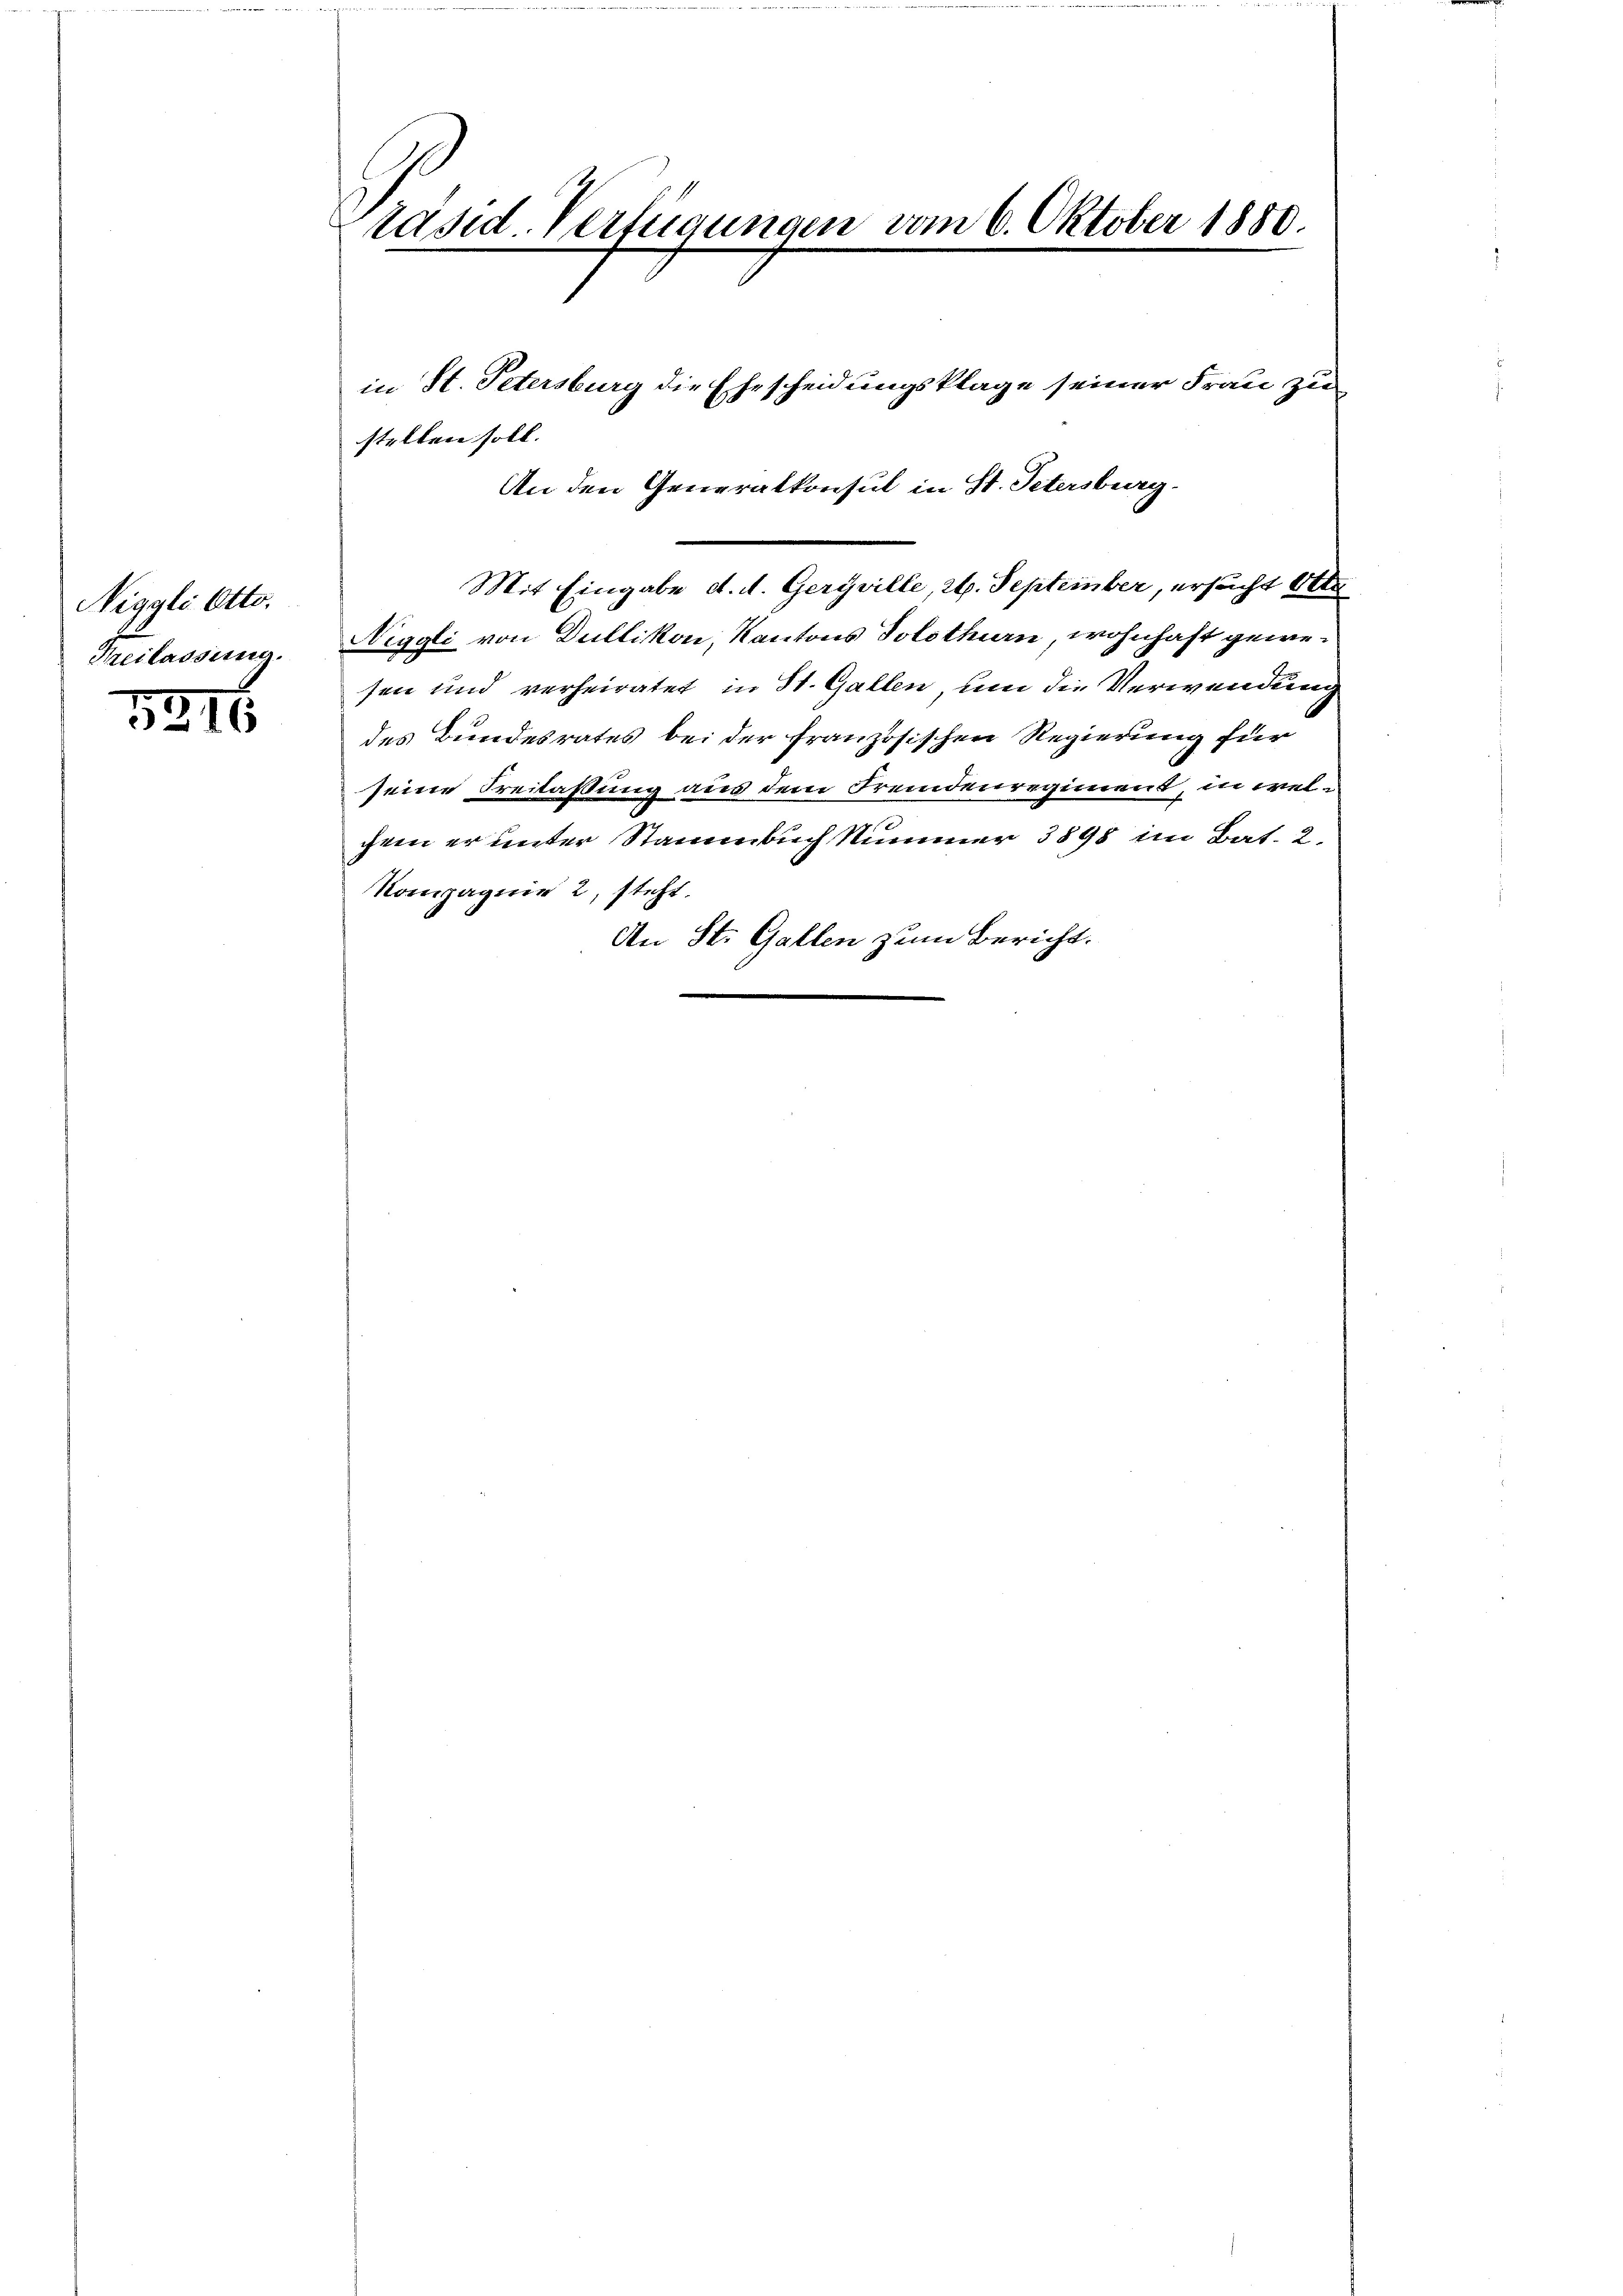
Niggli Otto.
Freilassung.

1216

räsid. Verfügungen vom 6. Oktober 1880.

in St. Petersburg die Ehescheidungsklage seiner Frau zu
stellen soll.
An den Generalkonsul in St. Petersburg,
Mit Eingabe d. d. Geryville, 2. September, ersucht Otte
Niggli von Dullikon, Kantons Solothurn, wohnhaft gewesen und verheiratet in St. Gallen, um die Verwendung
des Bundesrates bei der französischen Regierung für
seine Freilassung aus dem Fremdenregiment, in welchem er unter Stammbuch Nummer 3898 im Bat. 2.
Kompagnie 2, steht.
An St. Gallen zum Bericht.